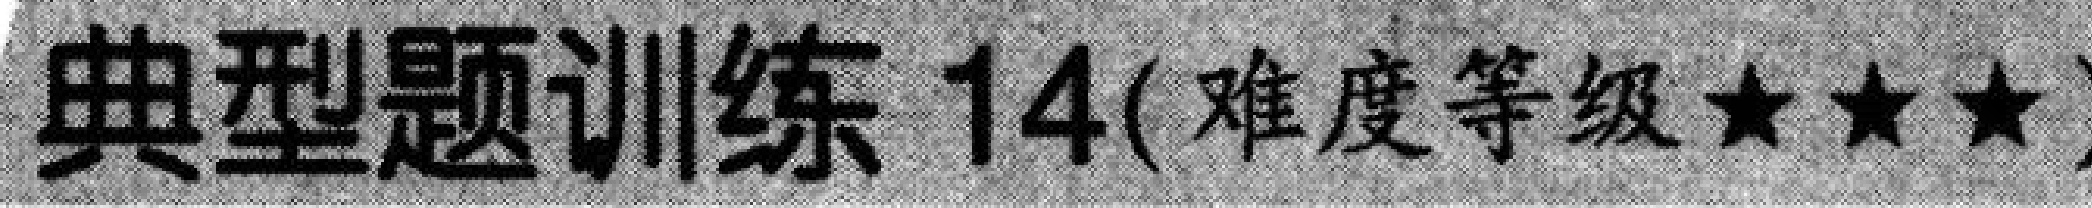
典型题训练 14(难度等级★★★)